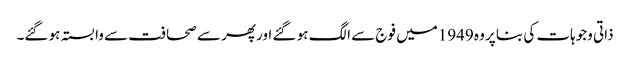
ذاتی وجوہات کی بنا پر وہ 1949میں فوج سے الگ ہو گئے اور پھر سے صحافت سے وابستہ ہو گئے۔